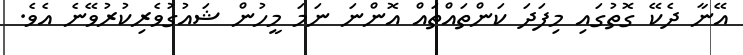
އޭނާ ދެކޭ ގޮތުގައި މިފަދަ ކަންތައްތައް އޮންނަ ނަމަ މީހުން ޝައުގުވެރިކުރުވޭނެ އެވެ.